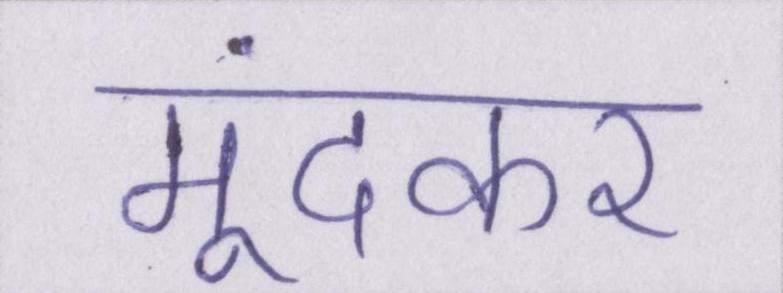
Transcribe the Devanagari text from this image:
मूंदकर